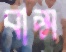
বাপ্স